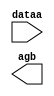
// This program was cloned from: https://github.com/Waikebber/PWM-Robotic-Arm
// License: MIT License

// megafunction wizard: %LPM_COMPARE%VBB%
// GENERATION: STANDARD
// VERSION: WM1.0
// MODULE: LPM_COMPARE 

// ============================================================
// Megafunction Name(s):
// 			LPM_COMPARE
//
// Simulation Library Files(s):
// 			lpm
// ============================================================
// ************************************************************
// THIS IS A WIZARD-GENERATED FILE. DO NOT EDIT THIS FILE!
//
// 18.1.0 Build 625 09/12/2018 SJ Lite Edition
// ************************************************************

//Copyright (C) 2018  Intel Corporation. All rights reserved.
//Your use of Intel Corporation's design tools, logic functions 
//and other software and tools, and its AMPP partner logic 
//functions, and any output files from any of the foregoing 
//(including device programming or simulation files), and any 
//associated documentation or information are expressly subject 
//to the terms and conditions of the Intel Program License 
//Subscription Agreement, the Intel Quartus Prime License Agreement,
//the Intel FPGA IP License Agreement, or other applicable license
//agreement, including, without limitation, that your use is for
//the sole purpose of programming logic devices manufactured by
//Intel and sold by Intel or its authorized distributors.  Please
//refer to the applicable agreement for further details.

module comp_6sec (
	dataa,
	agb);

	input	[29:0]  dataa;
	output	  agb;

endmodule

// ============================================================
// CNX file retrieval info
// ============================================================
// Retrieval info: PRIVATE: AeqB NUMERIC "0"
// Retrieval info: PRIVATE: AgeB NUMERIC "0"
// Retrieval info: PRIVATE: AgtB NUMERIC "1"
// Retrieval info: PRIVATE: AleB NUMERIC "0"
// Retrieval info: PRIVATE: AltB NUMERIC "0"
// Retrieval info: PRIVATE: AneB NUMERIC "0"
// Retrieval info: PRIVATE: INTENDED_DEVICE_FAMILY STRING "Cyclone V"
// Retrieval info: PRIVATE: LPM_PIPELINE NUMERIC "0"
// Retrieval info: PRIVATE: Latency NUMERIC "0"
// Retrieval info: PRIVATE: PortBValue NUMERIC "350000000"
// Retrieval info: PRIVATE: Radix NUMERIC "10"
// Retrieval info: PRIVATE: SYNTH_WRAPPER_GEN_POSTFIX STRING "0"
// Retrieval info: PRIVATE: SignedCompare NUMERIC "0"
// Retrieval info: PRIVATE: aclr NUMERIC "0"
// Retrieval info: PRIVATE: clken NUMERIC "0"
// Retrieval info: PRIVATE: isPortBConstant NUMERIC "1"
// Retrieval info: PRIVATE: nBit NUMERIC "30"
// Retrieval info: PRIVATE: new_diagram STRING "1"
// Retrieval info: LIBRARY: lpm lpm.lpm_components.all
// Retrieval info: CONSTANT: LPM_HINT STRING "ONE_INPUT_IS_CONSTANT=YES"
// Retrieval info: CONSTANT: LPM_REPRESENTATION STRING "UNSIGNED"
// Retrieval info: CONSTANT: LPM_TYPE STRING "LPM_COMPARE"
// Retrieval info: CONSTANT: LPM_WIDTH NUMERIC "30"
// Retrieval info: USED_PORT: agb 0 0 0 0 OUTPUT NODEFVAL "agb"
// Retrieval info: USED_PORT: dataa 0 0 30 0 INPUT NODEFVAL "dataa[29..0]"
// Retrieval info: CONNECT: @dataa 0 0 30 0 dataa 0 0 30 0
// Retrieval info: CONNECT: @datab 0 0 30 0 350000000 0 0 30 0
// Retrieval info: CONNECT: agb 0 0 0 0 @agb 0 0 0 0
// Retrieval info: GEN_FILE: TYPE_NORMAL comp_6sec.v TRUE
// Retrieval info: GEN_FILE: TYPE_NORMAL comp_6sec.inc TRUE
// Retrieval info: GEN_FILE: TYPE_NORMAL comp_6sec.cmp TRUE
// Retrieval info: GEN_FILE: TYPE_NORMAL comp_6sec.bsf TRUE
// Retrieval info: GEN_FILE: TYPE_NORMAL comp_6sec_inst.v TRUE
// Retrieval info: GEN_FILE: TYPE_NORMAL comp_6sec_bb.v TRUE
// Retrieval info: LIB_FILE: lpm